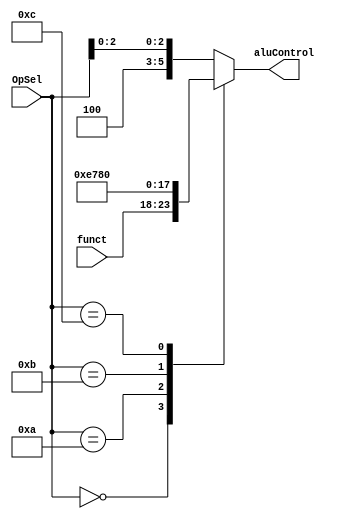
module ALUdecoder (funct, OpSel, aluControl);

    input wire [5:0] funct; 
    input wire [3:0] OpSel;
    
    output reg [5:0] aluControl;

    always @* begin
        case(OpSel)
            4'b0000: aluControl = funct; // signed bin operations with funct
            4'b1010: aluControl = 6'b001110; // load
            4'b1011: aluControl = 6'b011110; //save
            4'b1100: aluControl = 6'b000000; //beq
            default: aluControl = {3'b100, OpSel[2:0]}; // arifm operations without funct
        endcase
    end	
    
endmodule